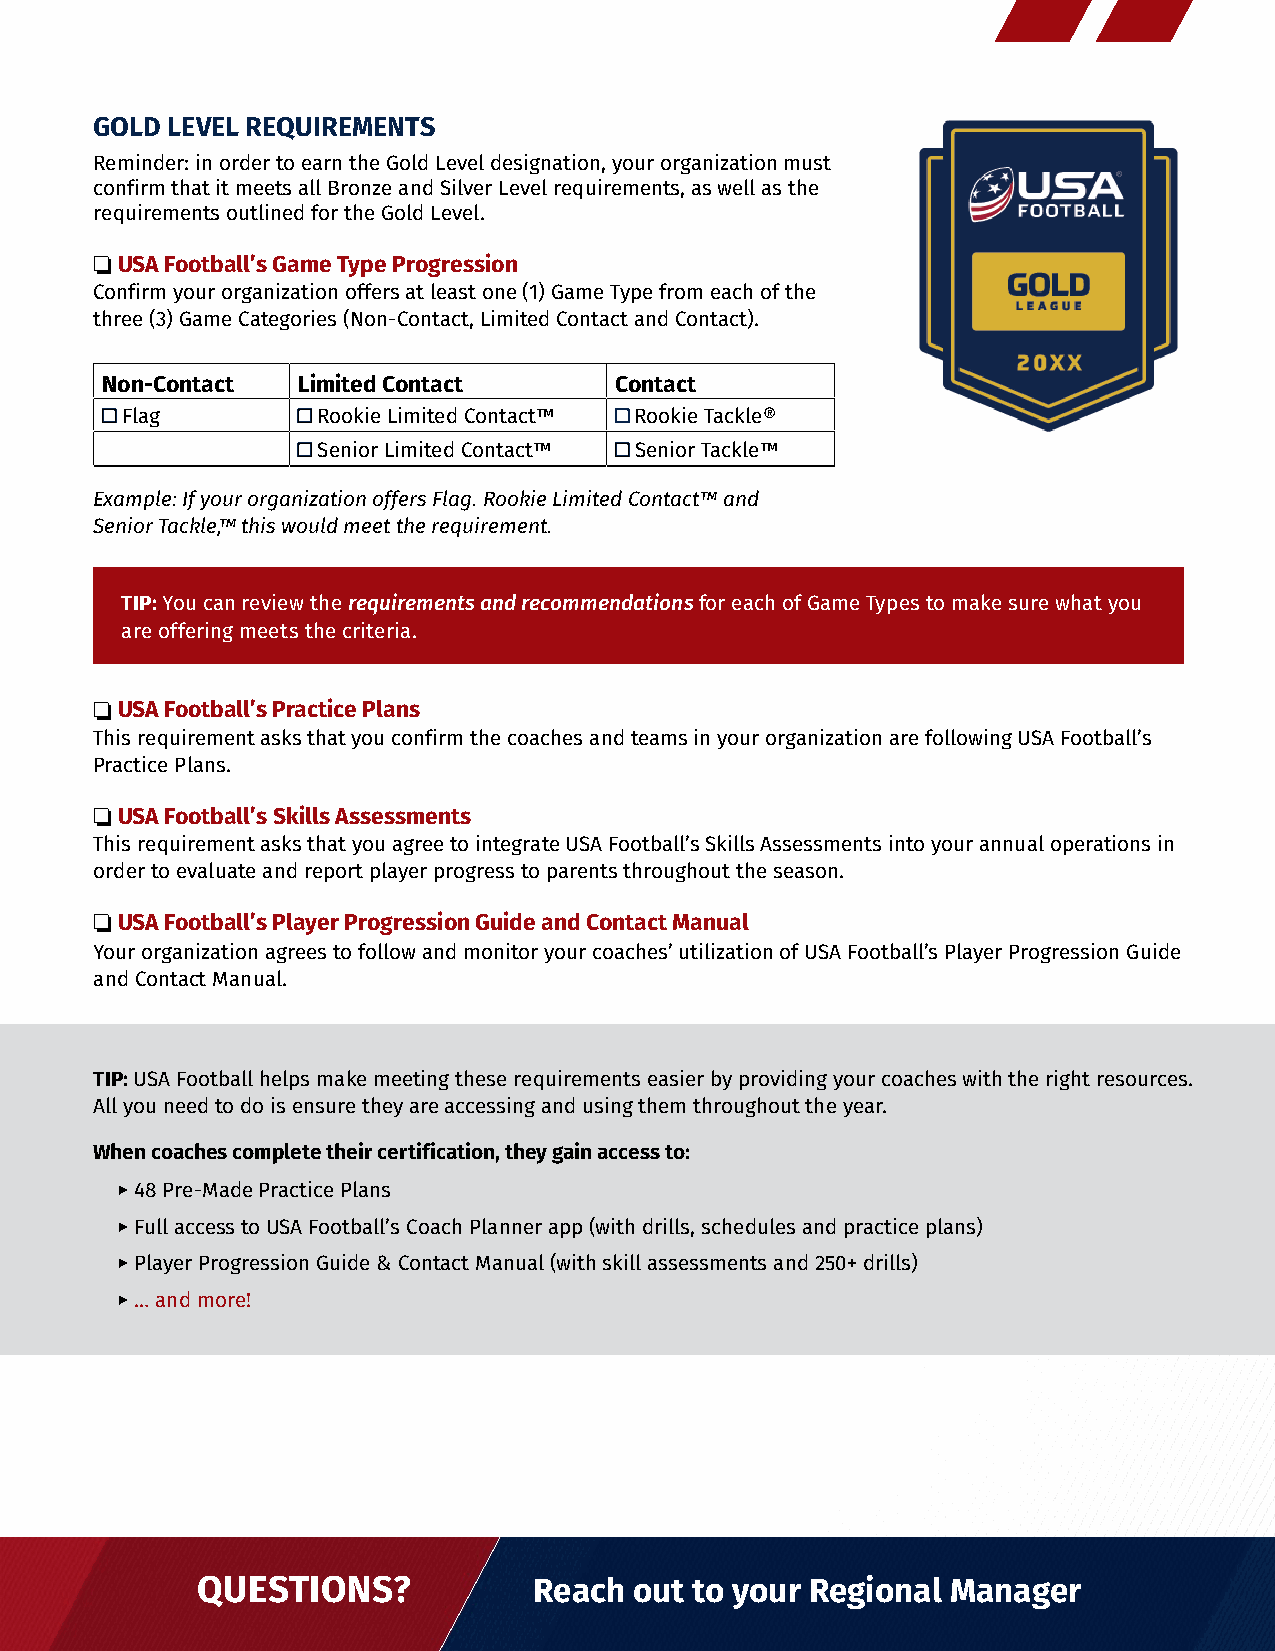
GOLD LEVEL REQUIREMENTS
 Reminder: in order to earn the Gold Level designation, your organization must
 confirm that it meets all Bronze and Silver Level requirements, as well as the
 requirements outlined for the Gold Level.
 ❏
 USA Football’s Game Type Progression
 Confirm your organization offers at least one (1) Game Type from each of the
 three (3) Game Categories (Non-Contact, Limited Contact and Contact).
 Non-Contact  Limited Contact      Contact
 □□ Flag      □□ Rookie Limited Contact™ □ Rookie Tackle®
 □□ Senior Limited Contact™ □□ Senior Tackle™
 Example: If your organization offers Flag. Rookie Limited Contact™ and
 Senior Tackle,™ this would meet the requirement.
 TIP: You can review the requirements and recommendations for each of Game Types to make sure what you
 are offering meets the criteria.
 ❏
 USA Football’s Practice Plans
 This requirement asks that you confirm the coaches and teams in your organization are following USA Football’s
 Practice Plans.
 ❏
 USA Football’s Skills Assessments
 This requirement asks that you agree to integrate USA Football’s Skills Assessments into your annual operations in
 order to evaluate and report player progress to parents throughout the season.
 ❏
 USA Football’s Player Progression Guide and Contact Manual
 Your organization agrees to follow and monitor your coaches’ utilization of USA Football’s Player Progression Guide
 and Contact Manual.
 TIP: USA Football helps make meeting these requirements easier by providing your coaches with the right resources.
 All you need to do is ensure they are accessing and using them throughout the year.
 When coaches complete their certification, they gain access to:
 ▸ 48 Pre-Made Practice Plans
 ▸ Full access to USA Football’s Coach Planner app (with drills, schedules and practice plans)
 ▸ Player Progression Guide & Contact Manual (with skill assessments and 250+ drills)
 ▸ … and more!
 QUESTIONS?            Reach  out to your Regional Manager